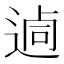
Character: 𨔖